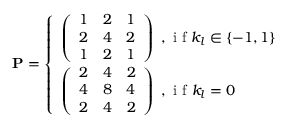
\mathbf { P } = \left\{ \begin{array} { l l } { \left( \begin{array} { r r r } { 1 } & { 2 } & { 1 } \\ { 2 } & { 4 } & { 2 } \\ { 1 } & { 2 } & { 1 } \end{array} \right) \mathrm { ~ , ~ i ~ f ~ } k _ { l } \in \{ - 1 , 1 \} } \\ { \left( \begin{array} { r r r } { 2 } & { 4 } & { 2 } \\ { 4 } & { 8 } & { 4 } \\ { 2 } & { 4 } & { 2 } \end{array} \right) \mathrm { ~ , ~ i ~ f ~ } k _ { l } = 0 } \end{array} \right.